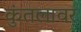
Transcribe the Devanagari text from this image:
कुंतलावर